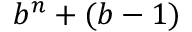
b ^ { n } + ( b - 1 )